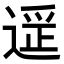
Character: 𬨶